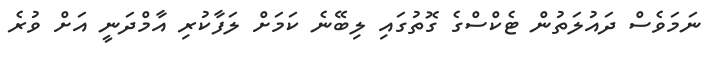
ނަމަވެސް ދައުލަތުން ޓެކްސްގެ ގޮތުގައި ލިބޭނެ ކަމަށް ލަފާކުރި އާމްދަނީ އަށް ވުރެ